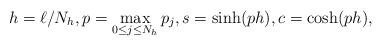
LaTeX: \begin{align*} h=\ell/N_h, p=\max\limits_{0\leq j\leq N_h}p_j, s=\sinh(ph), c=\cosh(ph),\end{align*}